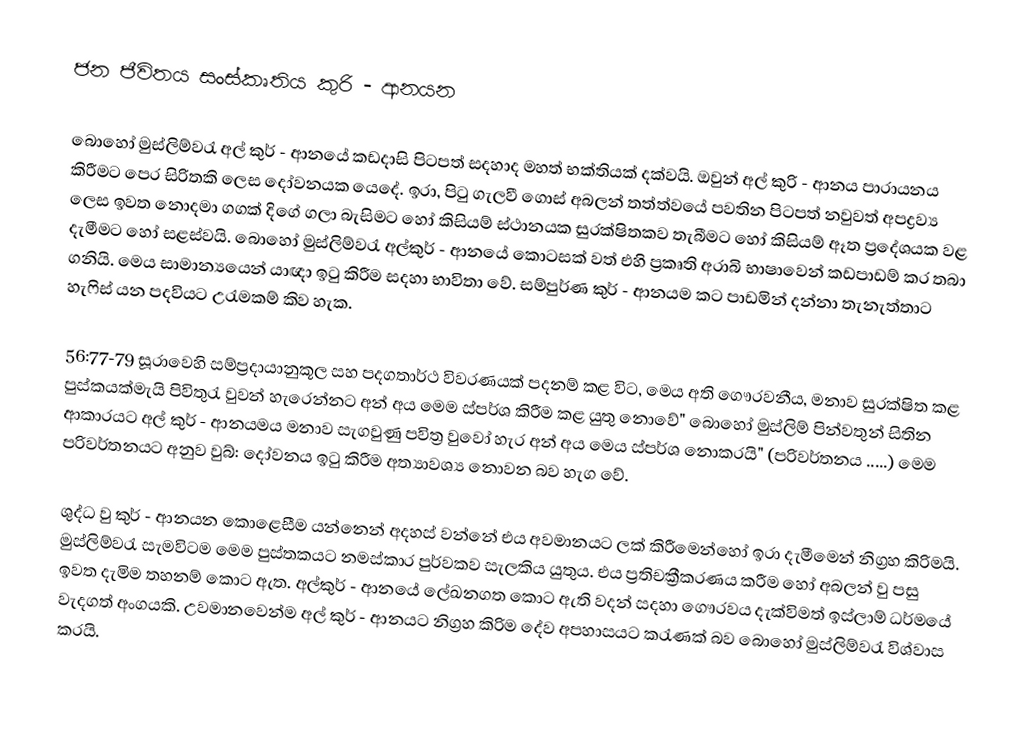
ජන ජීවිතය සංස්කෘතිය කුරි - ආනයන

බොහෝ මුස්ලිම්වරැ අල් කුර් - ආනයේ කඩදාසි පිටපත් සදහාද මහත් භක්තියක් දක්වයි. ඔවුන් අල් කුරි - ආනය පාරායනය කිරීමට පෙර සිරිතකි ලෙස දෝවනයක යෙදේ. ඉරා, පිටු ගැලවී ගොස් අබලන් තත්ත්වයේ පවතින පිටපත් නවුවත් අපද්‍රව්‍ය ලෙස ඉවත නොදමා ගගක් දිගේ ගලා බැසිමට හෝ කිසියම් ස්ථානයක සුරක්ෂිතකව තැබීමට හෝ කිසියම් ඈත ප්‍රදේශයක වළ දැමීමට හෝ සළස්වයි. බොහෝ මුස්ලිම්වරැ අල්කුර් - ආනයේ කොටසක් වත් එහි ප්‍රකෘති අරාබි භාෂාවෙන් කඩපාඩම් කර තබා ගනියි. මෙය සාමාන්‍යයෙන් යාඥා ඉටු කිරීම සදහා භාවිතා වේ. සම්පුර්ණ කුර් - ආනයම කට පාඩමින් දන්නා තැනැත්තාට හැෆිස් යන පදවියට උරැමකම් කිව හැක.

56:77-79 සූ‍රාවෙහි සම්ප්‍රදායානුකූල සහ පදගතාර්ථ විවරණයක් පදනම් කළ විට, මෙය අති ගෞරවනීය, මනාව සුරක්ෂිත කළ පුස්කයක්මැයි පිවිතුරැ වුවන් හැරෙන්නට අන් අය මෙම ස්පර්ශ කිරීම කළ යුතු නොවේ" බොහෝ මුස්ලිම් පින්වතුන් සිතින ආකාරයට අල් කුර් - ආනයමය මනාව සැගවුණු පවිත්‍ර වුවෝ හැර අන් අය මෙය ස්පර්ශ නොකරයි" (පරිවර්තනය .....) මෙම පරිවර්තනයට අනුව වුබ්: දෝවනය ඉටු කිරීම අත්‍යාවශ්‍ය නොවන බව හැග වේ.

ශුද්ධ වු කුර් - ආනයන කොළෙසීම යන්නෙන් අදහස් වන්නේ එය අවමානයට ලක් කිරීමෙන්හෝ ඉරා දැමීමෙන් නිග්‍රහ කිරිමයි. මුස්ලිම්වරැ සැමවිටම මෙම පුස්තකයට නමස්කාර පුර්වකව සැලකිය යුතුය. එය ප්‍රතිචක්‍රීකරණය කරීම හෝ අබලන් වු පසු ඉවත දැමිම තහනම් කොට ඇත. අල්කුර් - ආනයේ ලේඛනගත කොට ඇති වදන් සදහා ගෞරවය දැක්විමත් ඉස්ලාම් ධර්මයේ වැදගත් අංගයකි. උවමානවෙන්ම අල් කුර් - ආනයට නිග්‍රහ කිරිම දේව අපහාසයට කරැණක් බව බොහෝ මුස්ලිම්වරැ විශ්වාස කරයි.